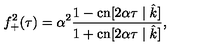
f _ { + } ^ { 2 } ( \tau ) = \alpha ^ { 2 } \frac { 1 - \mathrm { c n } [ 2 \alpha \tau \mid \hat { k } ] } { 1 + \mathrm { c n } [ 2 \alpha \tau \mid \hat { k } ] } ,